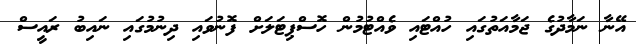
އޭނާ ނަމާދުގެ ޖަމާއަތުގައި ހުއްޓައި ވެއްޓުމުން ހޮސްްޕިޓަލަށް ފޮނުވައި ދިނުމުގައި ނައިބު ރައީސް